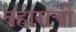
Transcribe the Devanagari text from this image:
बहाराची